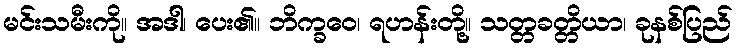
မင်းသမီးကို။ အဒါ၊ ပေး၏။ ဘိက္ခဝေ၊ ရဟန်းတို့။ သတ္တခတ္တိယာ၊ ခုနစ်ပြည်